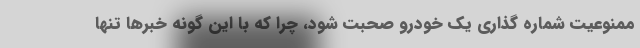
ممنوعیت شماره گذاری یک خودرو صحبت شود، چرا که با این گونه خبرها تنها